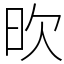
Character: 欥